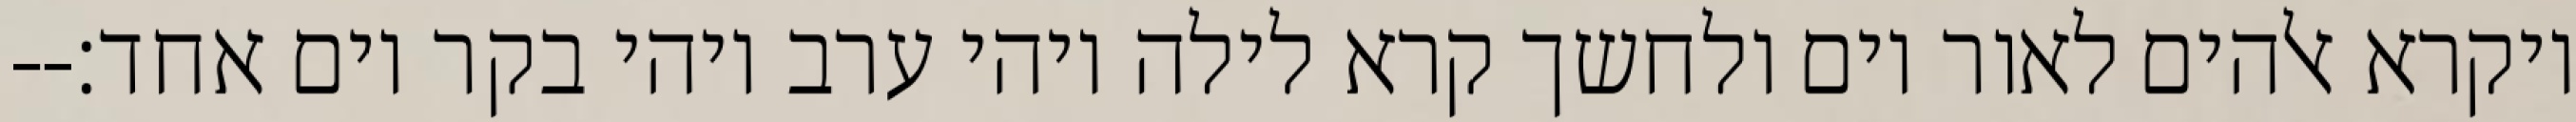
ויקרא אלהים לאור יום ולחשך קרא לילה ויהי ערב ויהי בקר יום אחד׃--